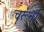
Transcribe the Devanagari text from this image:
चरूनी